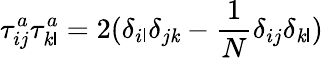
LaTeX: \tau_{ij}^{a}\tau_{\mathit{k}\mathsf{l}}^{a}=2(\delta_{i\mathsf{l}}\delta_{j\mathit{k}}-\frac{{1}}{{N}}\delta_{ij}\delta_{\mathit{k}\mathsf{l}})